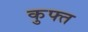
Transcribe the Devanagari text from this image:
कुफ्त